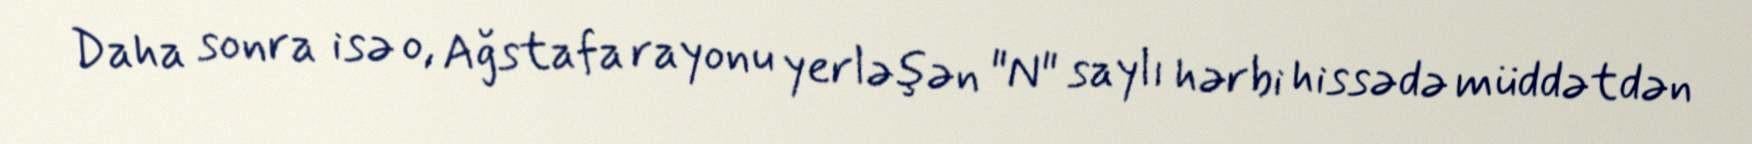
Daha sonra isə o, Ağstafa rayonu yerləşən "N" saylı hərbi hissədə müddətdən